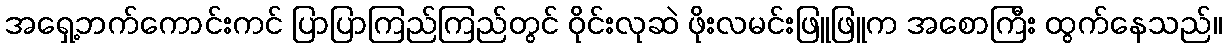
အရှေ့ဘက်ကောင်းကင် ပြာပြာကြည်ကြည်တွင် ဝိုင်းလုဆဲ ဖိုးလမင်းဖြူဖြူက အစောကြီး ထွက်နေသည်။